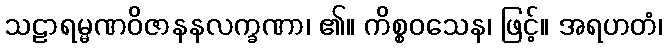
သဠာရမ္မဏဝိဇာနနလက္ခဏာ၊ ၏။ ကိစ္စဝသေန၊ ဖြင့်။ အရဟတံ၊